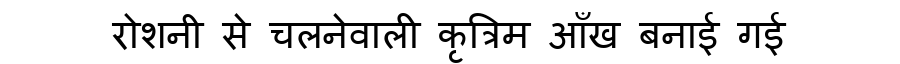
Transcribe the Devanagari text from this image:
रोशनी से चलनेवाली कृत्रिम आँख बनाई गई